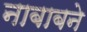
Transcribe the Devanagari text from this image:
नाबाबने